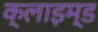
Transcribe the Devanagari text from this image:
क्लाइम्ड